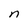
Character: n